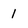
Character: 1